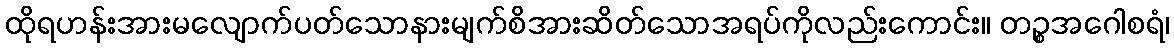
ထိုရဟန်းအားမလျောက်ပတ်သောနားမျက်စိအားဆိတ်သောအရပ်ကိုလည်းကောင်း။ တဉ္စအဂေါစရံ၊